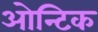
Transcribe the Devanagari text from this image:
ओन्टिक